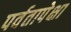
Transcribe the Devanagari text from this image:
पर्वतापेक्षा